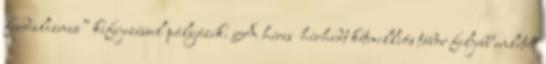
feudalizmus” kifejezéssel pályázik. A híres hírhedt kétmilliós tábor feljebb említett